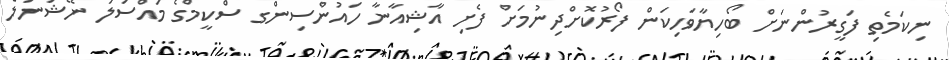
ނިކަމެތި ފަގީރުންނަށް ބޯހިޔާވަހިކަން ފޯރުކޮށްދިނުމަށް ފެށި އާޝިއާނާ ހައުންސިންގ ސްކީމްގެ މައްސަލަ ނޭޝަނަލް